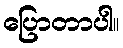
ပြောတာပါ။